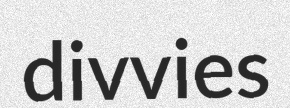
divvies